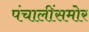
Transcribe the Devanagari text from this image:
पंचालींसमोर